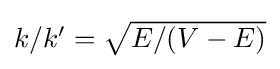
{\textstyle {k}/{k'}={\sqrt {{E}/{(V-E)}}}}